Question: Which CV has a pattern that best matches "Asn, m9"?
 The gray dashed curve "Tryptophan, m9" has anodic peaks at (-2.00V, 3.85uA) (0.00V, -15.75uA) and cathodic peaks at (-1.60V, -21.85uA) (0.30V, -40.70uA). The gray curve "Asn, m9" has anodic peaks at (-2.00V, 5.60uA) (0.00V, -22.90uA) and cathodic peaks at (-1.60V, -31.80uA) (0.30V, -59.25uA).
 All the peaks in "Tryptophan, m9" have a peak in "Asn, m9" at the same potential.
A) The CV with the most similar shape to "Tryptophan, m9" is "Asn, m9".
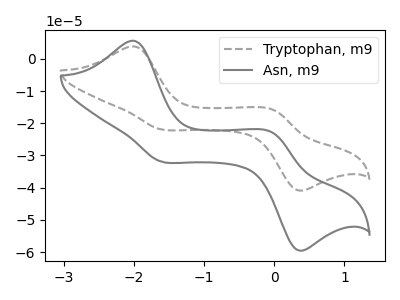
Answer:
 <answer>A) The CV with the most similar shape to "Tryptophan, m9" is "Asn, m9".</answer>
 <eval>A</eval>